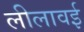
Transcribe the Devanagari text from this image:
लीलावई